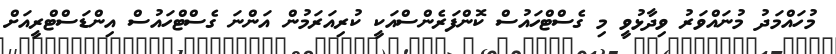
މުހައްމަދު މުނައްވަރު ވިދާޅުވީ މި ގެސްޓްހައުސް ކޮންފަރެންސްއަކީ ކުރިއަރަމުން އަންނަ ގެސްޓްހައުސް އިންޑަސްޓްރީއަށް